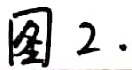
图 2.